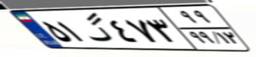
۵۱گ۴۷۳۹۹